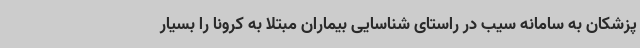
پزشکان به سامانه سیب در راستای شناسایی بیماران مبتلا به کرونا را بسیار